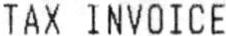
TAX INVOICE